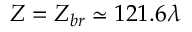
Z = Z _ { b r } \simeq 1 2 1 . 6 \lambda